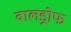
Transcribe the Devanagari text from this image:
वालड्रोफ